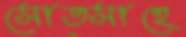
সোত্সাহে